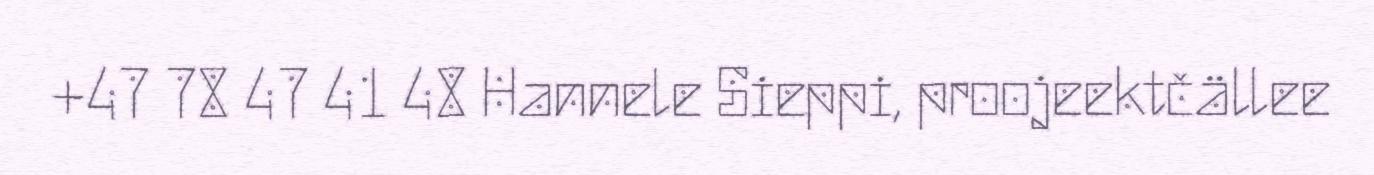
+47 78 47 41 48 Hannele Sieppi, proojeektčällee